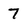
Character: 7